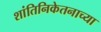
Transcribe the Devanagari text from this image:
शांतिनिकेतनाच्या